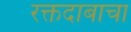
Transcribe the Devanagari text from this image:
रक्तदाबाचा